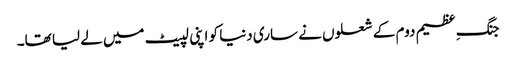
جنگِ عظیم دوم کے شعلوں نے ساری دنیا کو اپنی لپیٹ میں لے لیا تھا۔